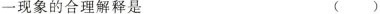
一现象的合理解释是 ( )